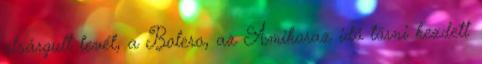
elsárgult levél, a Bolero, az Amikoraz idő törni kezdett